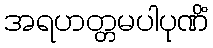
အရဟတ္တမပါပုဏိံ